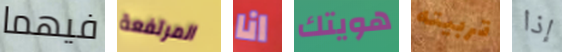
فيهما المرتفعة انا هويتك تربيته إذا